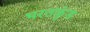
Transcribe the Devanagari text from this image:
भरतकुंड